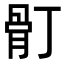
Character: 𩨑